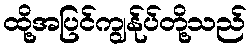
ထို့အပြင်ကျွန်ုပ်တို့သည်